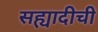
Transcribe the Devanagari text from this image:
सह्यादीची